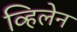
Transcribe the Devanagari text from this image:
व्हिलेन